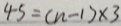
4 5 = ( n - 1 ) \times 3